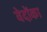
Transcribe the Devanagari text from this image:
वेदोंका